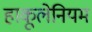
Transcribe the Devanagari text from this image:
हाकूलेनियम